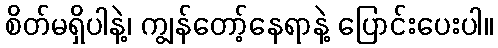
စိတ်မရှိပါနဲ့၊ ကျွန်တော့်နေရာနဲ့ ပြောင်းပေးပါ။